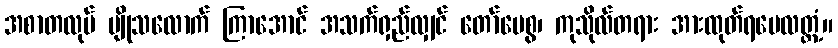
အစာတလုပ် မျိုသလောက် ကြာအောင် အသက်ရှည်လျှင် တော်ပေစွ၊ ကုသိုလ်တရား အားထုတ်ရပေလတ္တံ့။